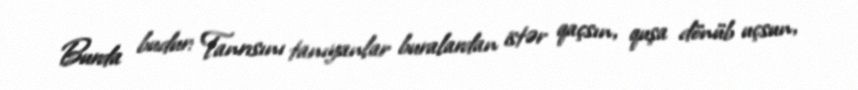
Burda budur: Tanrısını tanıyanlar buralardan istər qaçsın, quşa dönüb uçsun,